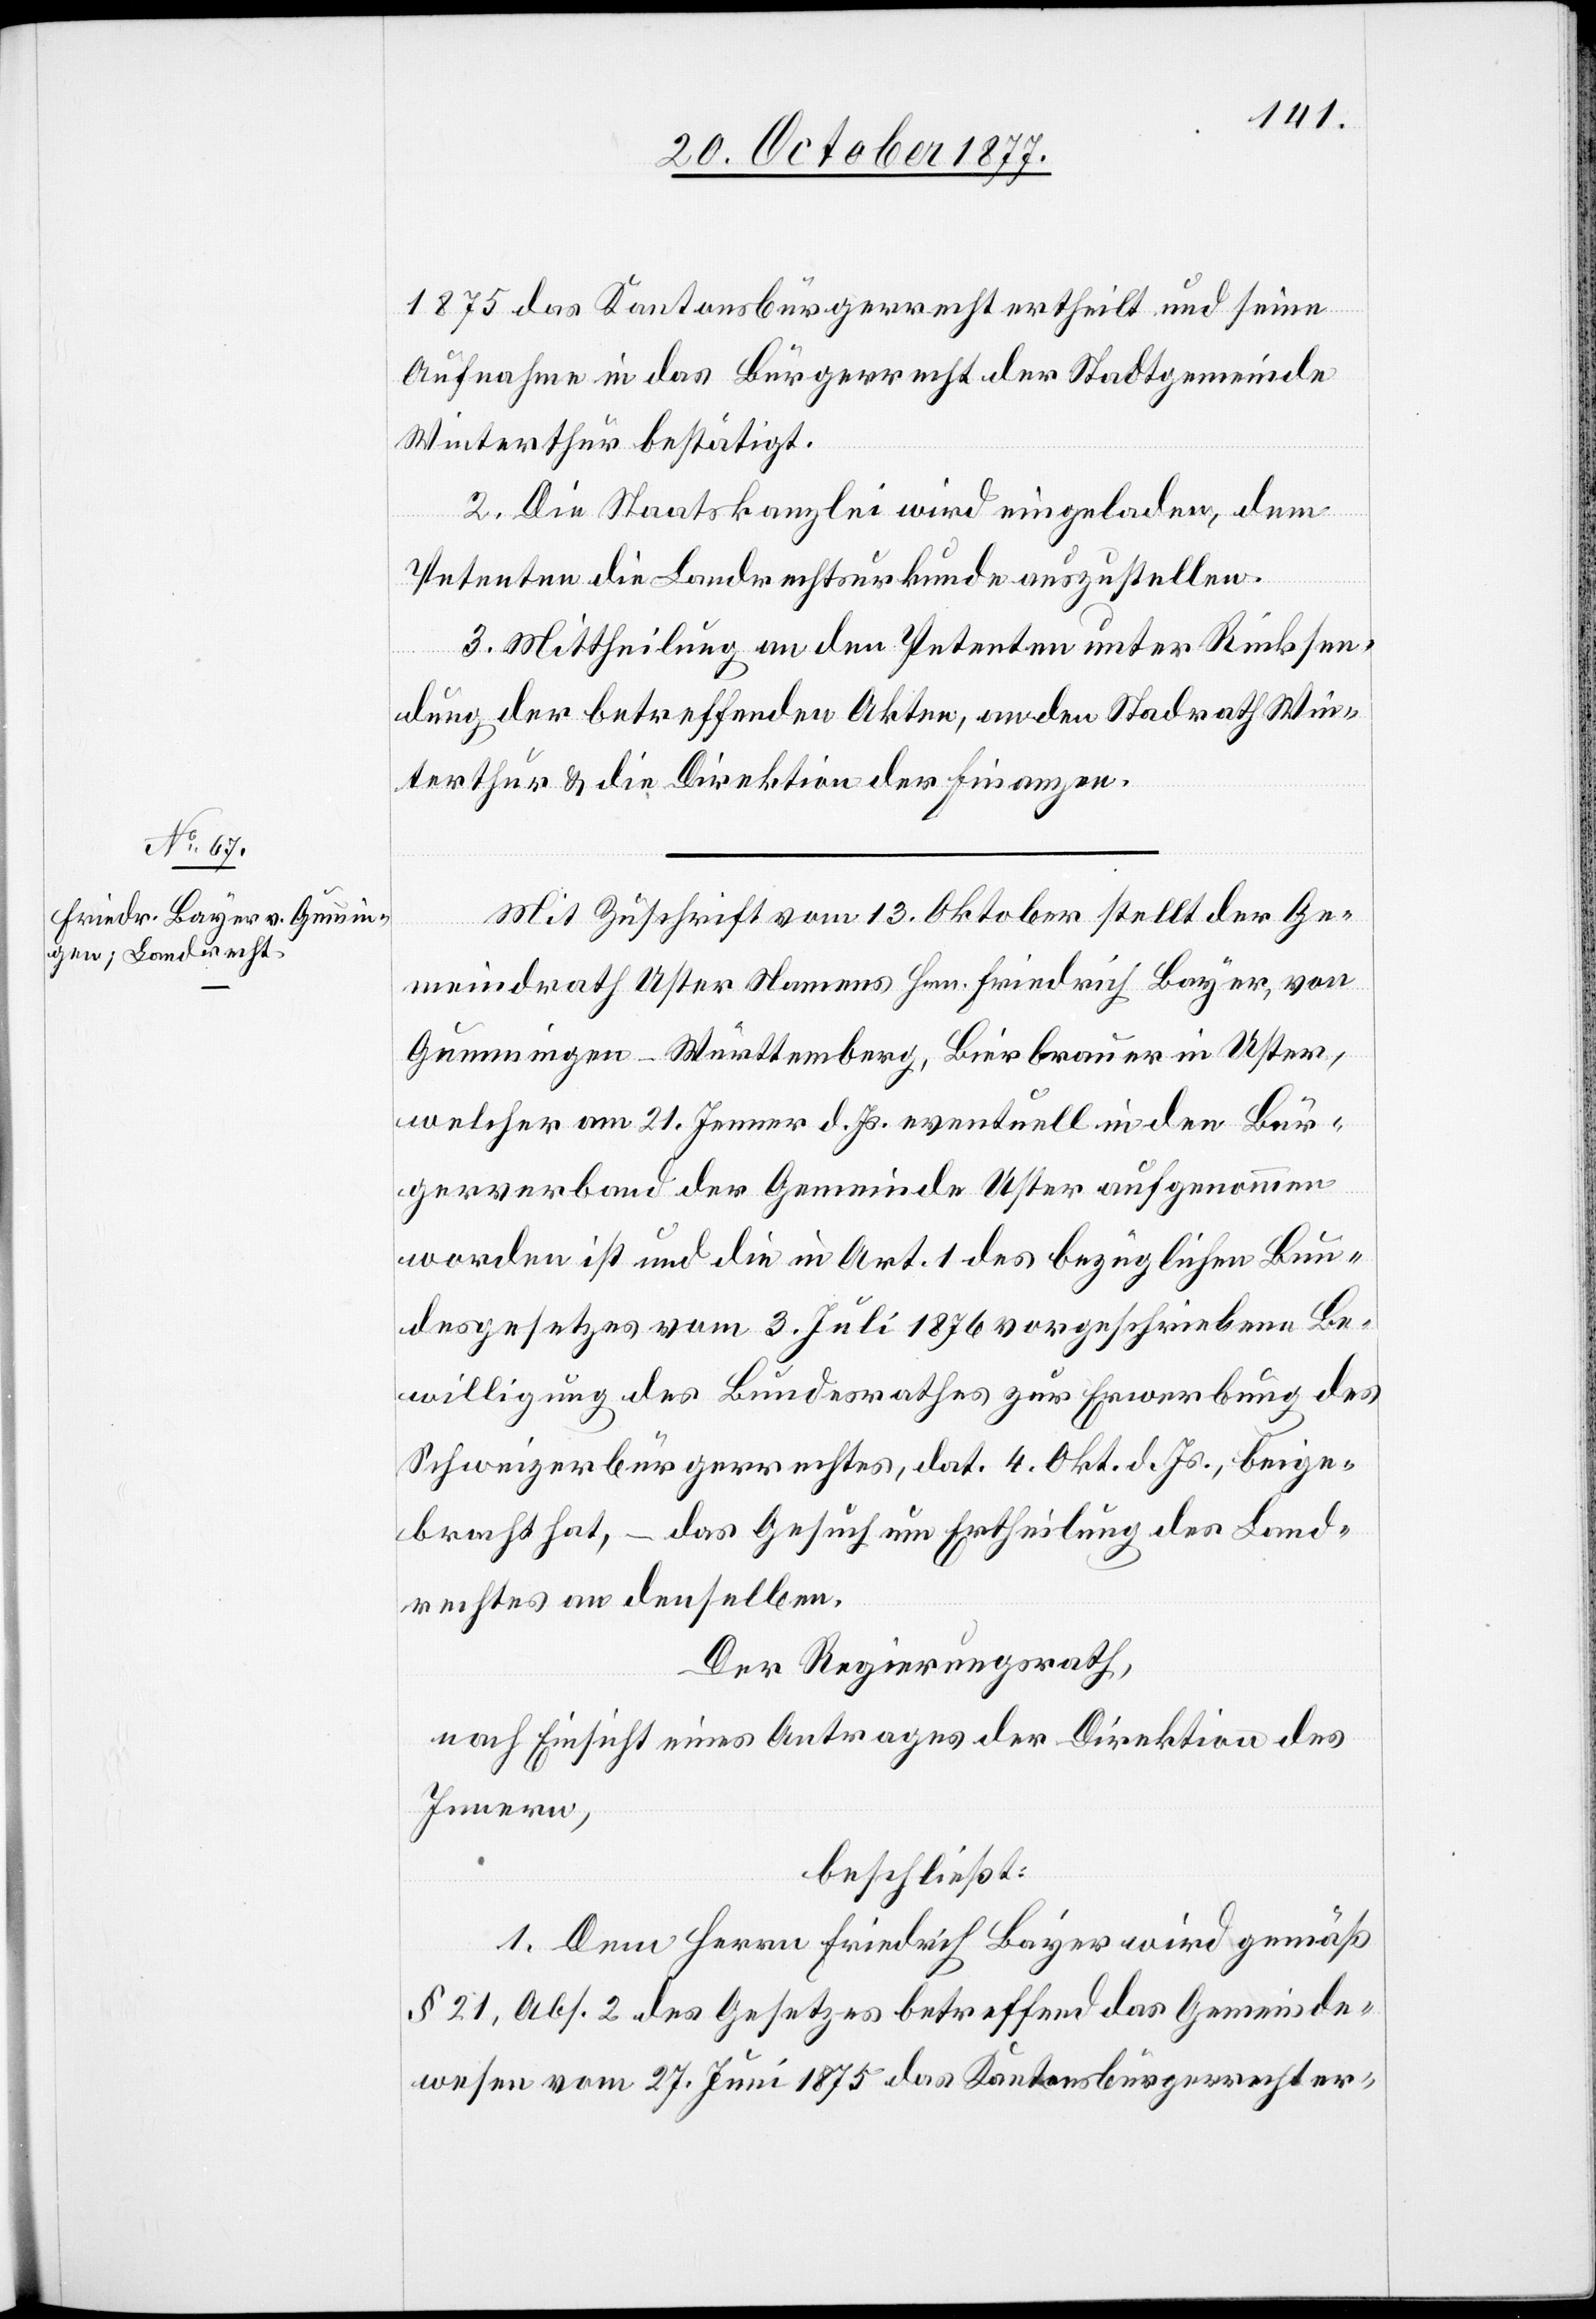
1875 das Kantonsbürgerrecht ertheilt und seine
Aufnahme in das Bürgerrecht der Stadtgemeinde
Winterthur bestätigt.
2. Die Staatskanzlei wird eingeladen, dem
Petenten die Landrechtsurkunde auszustellen.
3. Mittheilung an den Petenten unter Rücksen¬
dung der betreffenden Akten, an den Stad[t]rath Win¬
terthur & die Direktion der Finanzen.
Mit Zuschrift vom 13. Oktober stellt der Ge¬
meindrath Uster Namens Hrn. Friedrich Bayer, von
Gummingen - Württemberg, Bierbrauer in Uster,
welcher am 21. Jenner d. Js. eventuell in den Bür¬
gerverband der Gemeinde Uster aufgenommen
worden ist und die in Art. 1 des bezüglichen Bun¬
desgesetzes vom 3. Juli 1876 vorgeschriebene Be¬
willigung des Bundesrathes zur Erwerbung des
Schweizerbürgerrechtes, dat. 4. Okt. d. Js., beige¬
bracht hat, – das Gesuch um Ertheilung des Land¬
rechtes an denselben.
Der Regierungsrath,
nach Einsicht eines Antrages der Direktion des
Innern,
beschließt:
1. Dem Herrn Friedrich Bayer wird gemäß
§ 21, Abs. 2 des Gesetzes betreffend das Gemeinde¬
wesen vom 27. Juni 1875 das Kantonsbürgerrecht er-